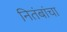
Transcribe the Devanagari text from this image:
नितंबांचा